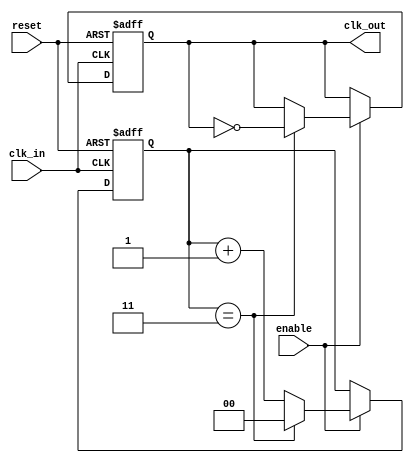
module clock_divider #(
    parameter N = 4  // Division factor, configurable parameter
)(
    input wire clk_in,       // Input clock signal
    input wire reset,        // Asynchronous reset signal
    input wire enable,       // Enable signal for the output clock
    output reg clk_out       // Output clock signal
);

    reg [$clog2(N)-1:0] counter; // Counter to track clock cycles

    // Asynchronous reset and clock division logic
    always @(posedge clk_in or posedge reset) begin
        if (reset) begin
            counter <= 0;      // Reset counter
            clk_out <= 0;      // Reset output clock
        end else if (enable) begin
            if (counter == (N-1)) begin
                clk_out <= ~clk_out; // Toggle output clock
                counter <= 0;         // Reset counter
            end else begin
                counter <= counter + 1; // Increment counter
            end
        end
    end

endmodule